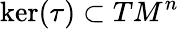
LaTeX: \ker(\tau)\subset TM^{n}